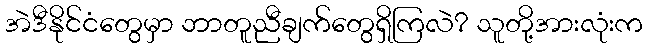
အဲဒီနိုင်ငံတွေမှာ ဘာတူညီချက်တွေရှိကြလဲ? သူတို့အားလုံးက